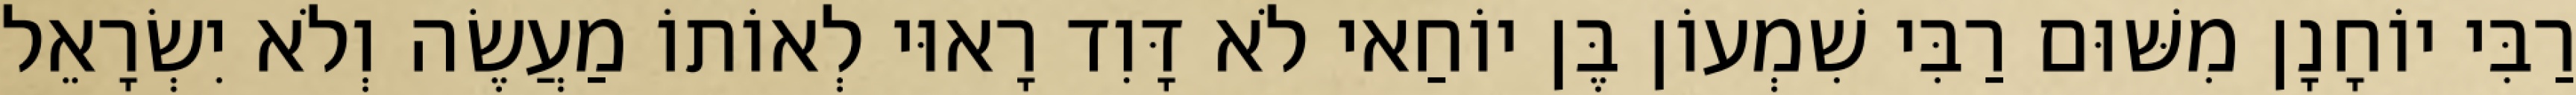
רַבִּי יוֹחָנָן מִשּׁוּם רַבִּי שִׁמְעוֹן בֶּן יוֹחַאי לֹא דָּוִד רָאוּי לְאוֹתוֹ מַעֲשֶׂה וְלֹא יִשְׂרָאֵל